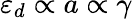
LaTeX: \varepsilon_{d}\propto a\propto\gamma